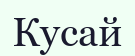
Кусай